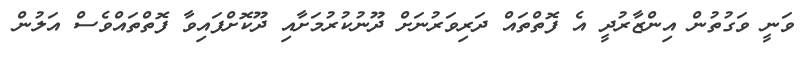
ވަނީ ވަގުތުން އިންޒާރުދީ އެ ފޮތްތައް ދަރިވަރުނަށް ދޫނުކުރުމަށާއި ދޫކޮށްފައިވާ ފޮތްތައްވެސް އަލުން